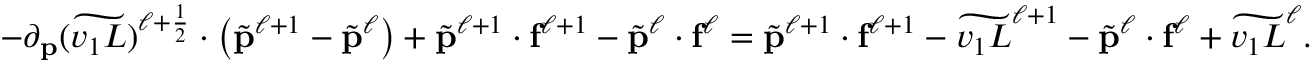
- \partial _ { \mathbf { p } } ( \widetilde { v _ { 1 } L } ) ^ { \ell + \frac { 1 } { 2 } } \cdot \left( \tilde { \mathbf { p } } ^ { \ell + 1 } - \tilde { \mathbf { p } } ^ { \ell } \right) + \tilde { \mathbf { p } } ^ { \ell + 1 } \cdot \mathbf { f } ^ { \ell + 1 } - \tilde { \mathbf { p } } ^ { \ell } \cdot \mathbf { f } ^ { \ell } = \tilde { \mathbf { p } } ^ { \ell + 1 } \cdot \mathbf { f } ^ { \ell + 1 } - \widetilde { v _ { 1 } L } ^ { \ell + 1 } - \tilde { \mathbf { p } } ^ { \ell } \cdot \mathbf { f } ^ { \ell } + \widetilde { v _ { 1 } L } ^ { \ell } .